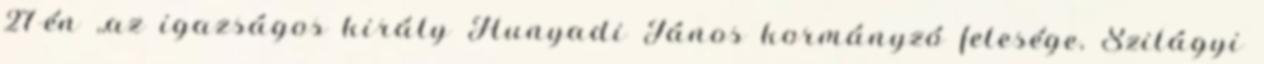
27-én ,,az igazságos király Hunyadi János kormányzó felesége, Szilágyi